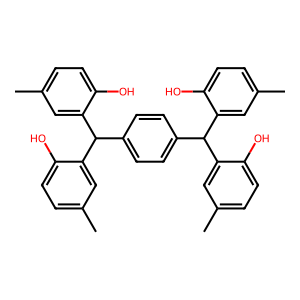
SMILES: Cc1ccc(O)c(C(c2ccc(C(c3cc(C)ccc3O)c3cc(C)ccc3O)cc2)c2cc(C)ccc2O)c1
Inhibits HIV replication: No